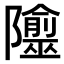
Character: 𨽙